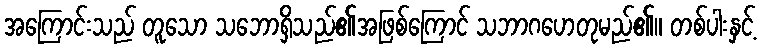
အကြောင်းသည် တူသော သဘောရှိသည်၏အဖြစ်ကြောင် သဘာဂဟေတုမည်၏။ တစ်ပါးနှင့်